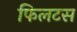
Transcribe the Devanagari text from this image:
फिलटस